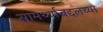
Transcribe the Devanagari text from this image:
सामर्थ्याबद्दलच्या